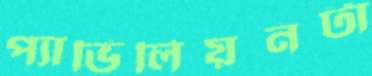
প্যাভিলিয়নটা